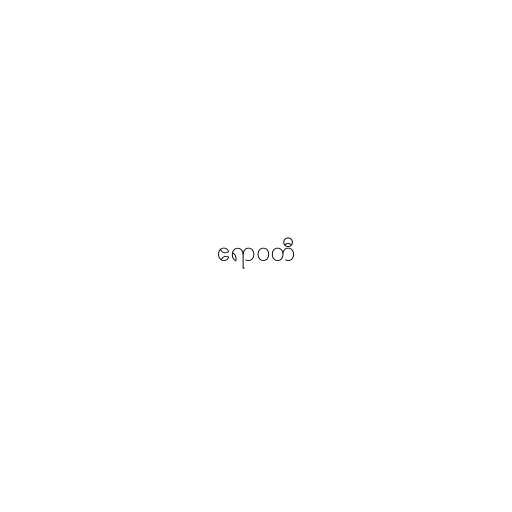
ဧရာဝတီ